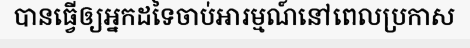
បានធ្វើឲ្យអ្នកដទៃចាប់អារម្មណ៍នៅពេលប្រកាស